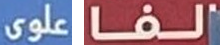
علوى الفا